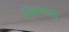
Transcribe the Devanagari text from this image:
होडक्यांनी